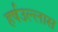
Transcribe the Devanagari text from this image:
हर्षउल्लास